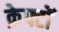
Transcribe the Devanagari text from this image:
क्रेफ्टों